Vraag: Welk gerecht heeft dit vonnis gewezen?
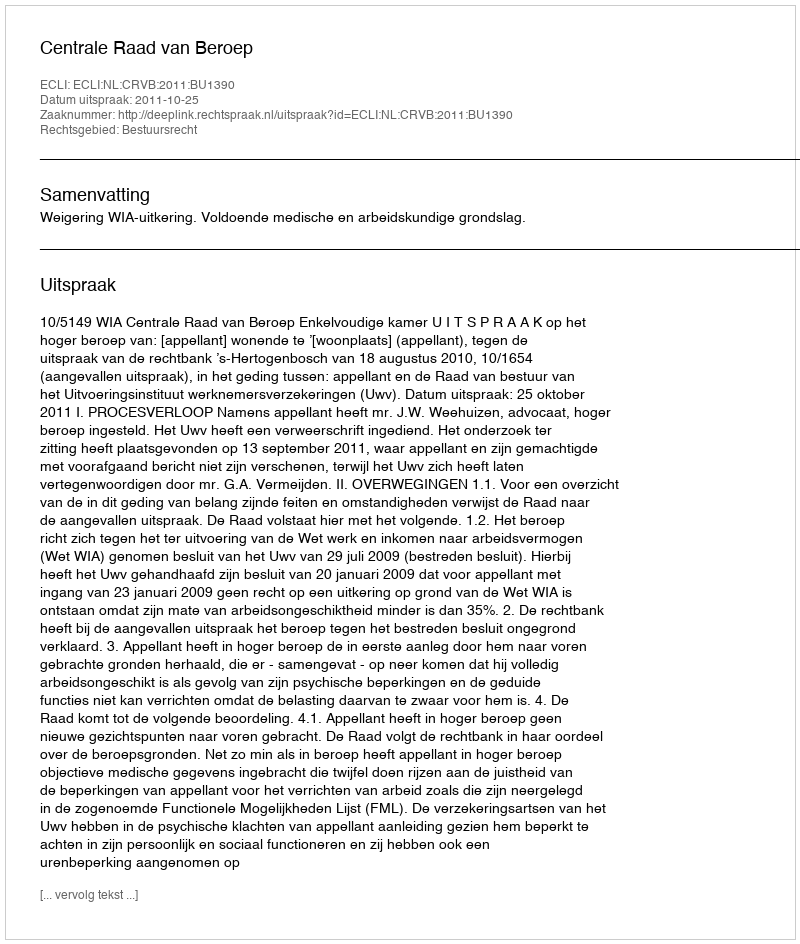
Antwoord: Centrale Raad van Beroep